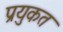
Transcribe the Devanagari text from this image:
प्रयुकत